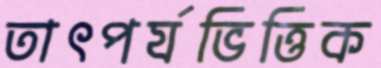
তাৎপর্যভিত্তিক